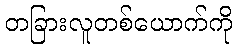
တခြားလူတစ်ယောက်ကို